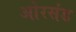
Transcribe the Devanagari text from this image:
ओरसंड